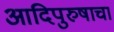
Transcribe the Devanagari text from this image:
आदिपुरुषाचा